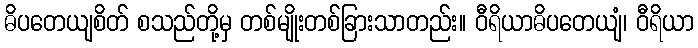
ဓိပတေယျစိတ် စသည်တို့မှ တစ်မျိုးတစ်ခြားသာတည်း။ ဝီရိယာဓိပတေယျံ၊ ဝီရိယာ